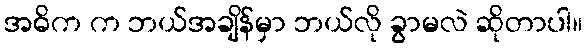
အဓိက က ဘယ်အချိန်မှာ ဘယ်လို ခွာမလဲ ဆိုတာပါ။